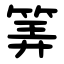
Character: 筭